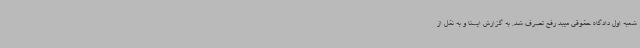
شعبه اول دادگاه حقوقی میبد رفع تصرف شد. به گزارش ایسنا و به نقل از